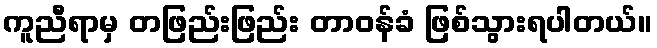
ကူညီရာမှ တဖြည်းဖြည်း တာဝန်ခံ ဖြစ်သွားရပါတယ်။